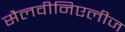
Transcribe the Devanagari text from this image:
सैलवीनिएलीज